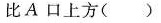
比A口上方( )